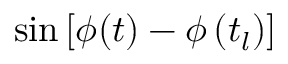
\sin \left[ \phi ( t ) - \phi \left( t _ { l } \right) \right]